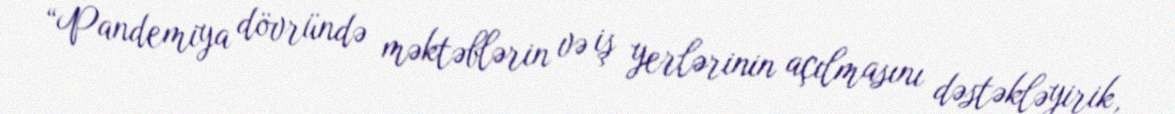
“Pandemiya dövründə məktəblərin və iş yerlərinin açılmasını dəstəkləyirik,